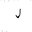
Letter: _lam